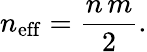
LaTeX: n_{\mathrm{eff}}=\frac{n\, m}{2}.